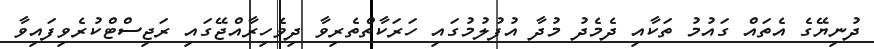
ދުނިޔޭގެ އެތައް ގައުމު ތަކާއި ދެމެދު މުދާ އުފުލުމުގައި ހަރަކާތްތެރިވާ ދިވެހިރާއްޖޭގައި ރަޖިސްޓްކުރެވިފައިވާ